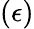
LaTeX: (\epsilon)